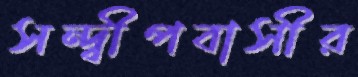
সন্দ্বীপবাসীর